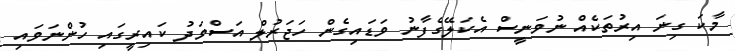
މާކަ ގިނަ އިރުތަކެއް ނުވަނީސް އެކަލޭގެފާނު ވަޑައިގެން ހަޖަރުލް އަސްވަދު ކައިރީގައި ހުންނަވައި